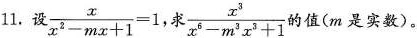
11. 设$$\frac{x}{x^{2}-mx+1}=1$$,求 \frac{x^{3}}{x^{6}-m^{3}x^{3}+1}的值(m是实数)。